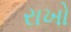
રાખો